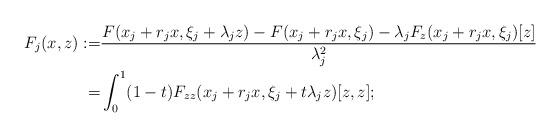
LaTeX: \begin{align*}F_j(x,z):=&\frac{F(x_j+r_jx,\xi_j+\lambda_jz)-F(x_j+r_jx,\xi_j)-\lambda_jF_{z}(x_j+r_jx,\xi_j)[z]}{\lambda_j^2}\\=&\int_0^1(1-t)F_{zz}(x_j+r_jx,\xi_j+t\lambda_jz)[z,z];\end{align*}